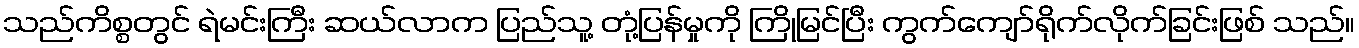
သည်ကိစ္စတွင် ရဲမင်းကြီး ဆယ်လာက ပြည်သူ့ တုံ့ပြန်မှုကို ကြိုမြင်ပြီး ကွက်ကျော်ရိုက်လိုက်ခြင်းဖြစ် သည်။